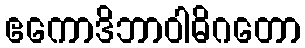
ဧကောဒိဘာဝါဓိဂတော